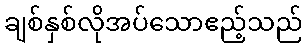
ချစ်နှစ်လိုအပ်သောဧည့်သည်